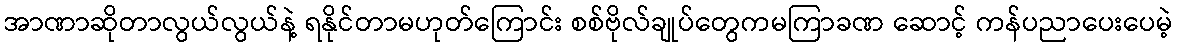
အာဏာဆိုတာလွယ်လွယ်နဲ့ ရနိုင်တာမဟုတ်ကြောင်း စစ်ဗိုလ်ချုပ်တွေကမကြာခဏ ဆောင့် ကန်ပညာပေးပေမဲ့